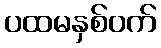
ပထမနှစ်ဝက်